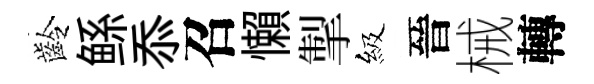
齡鲧忝召懶掣級晉械轉